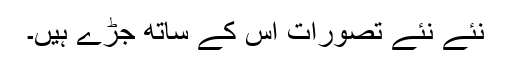
نئے نئے تصورات اس کے ساتھ جڑے ہیں۔